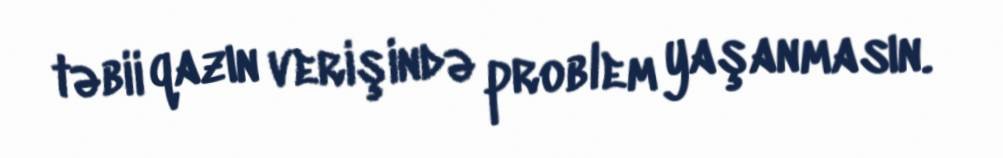
təbii qazın verişində problem yaşanmasın.